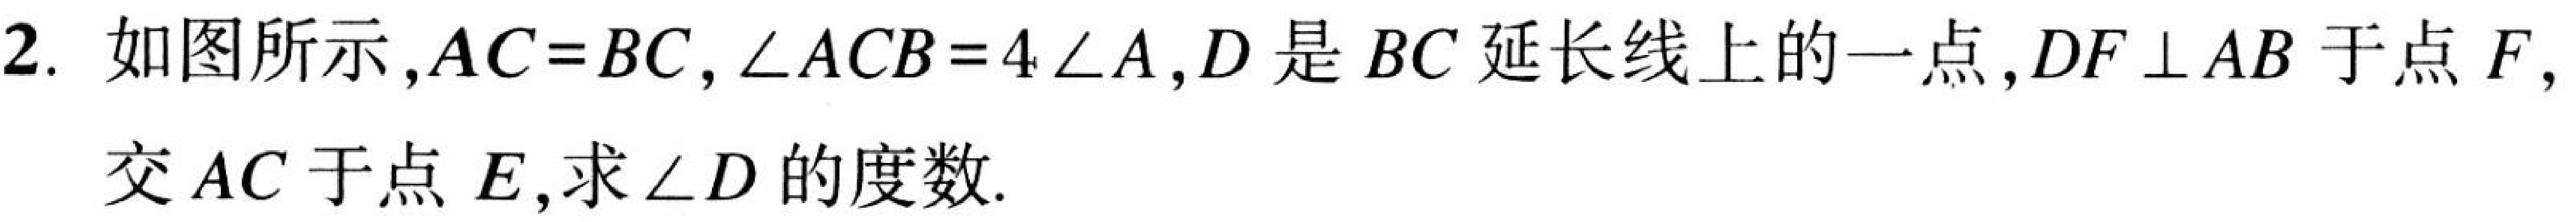
2. 如图所示,\(AC = BC,\angle ACB = 4\angle A\),\(D\)是\(BC\)延长线上的一点,\(DF\perp AB\)于点\(F\),交\(AC\)于点\(E\),求\(\angle D\)的度数.